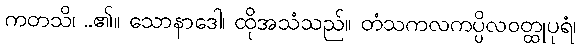
ကတသိ၊ ..၏။ သောနာဒေါ၊ ထိုအသံသည်။ တံသကလကပ္ပိလဝတ္ထုပုရံ၊